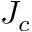
J _ { c }